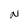
Character: N